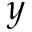
y